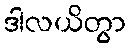
ဒါလယိတွာ